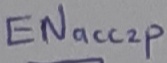
Text: ENacc2p